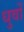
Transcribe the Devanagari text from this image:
धुर्वों